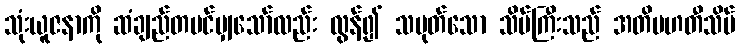
သုံးယူဇနာကို ဆံချည်တပင်မျှသော်လည်း လွန်၍ သမုတ်သော သိမ်ကြီးသည် အတိမဟတီသိမ်